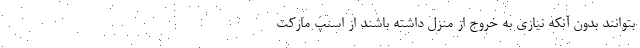
بتوانند بدون آنکه نیازی به خروج از منزل داشته باشند از اسنپ مارکت